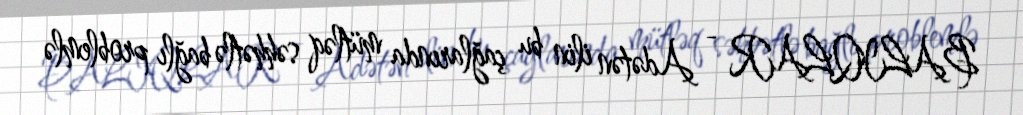
BALIQLAR - Adətən ilin bu çağlarında mütləq səhhətlə bağlı problemlə